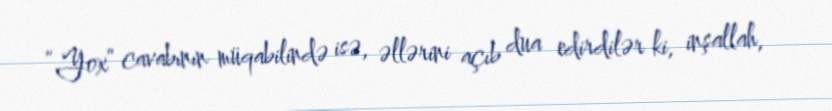
“Yox” cavabının müqabilində isə, əllərini açıb dua edirdilər ki, inşallah,